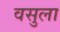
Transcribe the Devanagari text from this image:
वसुला